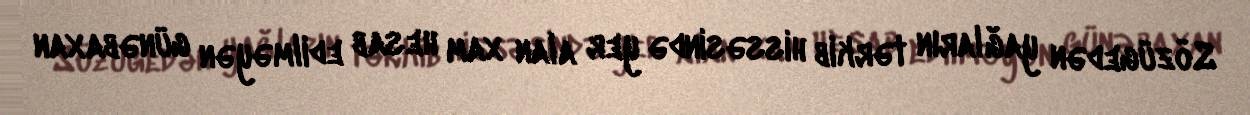
Sözügedən yağların tərkib hissəsində yer alan xam hesab edilməyən günəbaxan